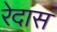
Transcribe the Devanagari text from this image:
रेदास